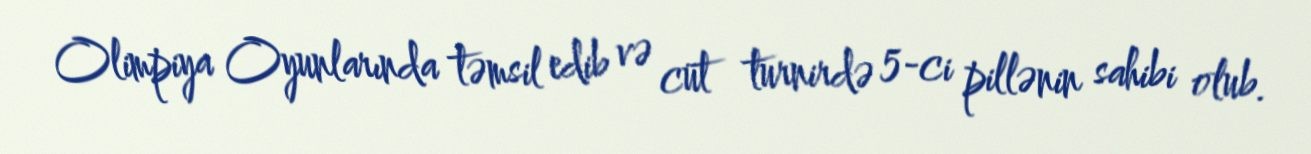
Olimpiya Oyunlarında təmsil edib və cüt turnirdə 5-ci pillənin sahibi olub.